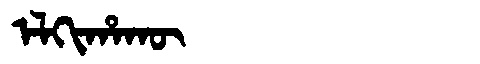
Manchu: ᡝᠯᡴᡳᡥᠠᡴᡡ
Romanization: ELKIHAKŪ